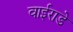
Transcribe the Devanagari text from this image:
वाईराडे